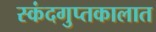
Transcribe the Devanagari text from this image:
स्कंदगुप्तकालात